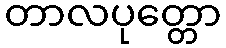
တာလပုတ္တော